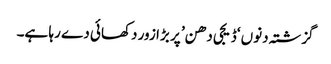
گزشتہ دنوں ‘ڈیجی دھن’ پر بڑا زور دکھائی دے رہا ہے۔